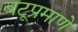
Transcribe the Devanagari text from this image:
बटूप्रमाणे